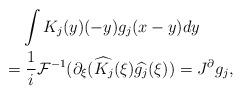
LaTeX: \begin{align*} & \int K_j(y) (-y) g_j(x-y) dy \\ = & \; \frac 1 i \mathcal F^{-1} ( \partial_{\xi} ( \widehat{K_j}(\xi) \widehat{g_j}(\xi) ) = J^{\partial} g_j, \end{align*}